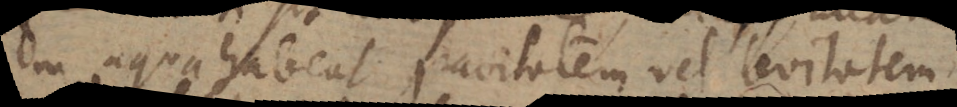
in aqua habeat gravitatem vel levitatem